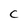
Character: C